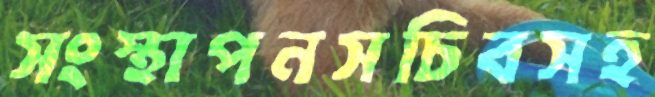
সংস্থাপনসচিবসহ